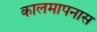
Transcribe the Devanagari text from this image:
कालमापनास